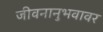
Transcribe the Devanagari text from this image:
जीवनानुभवावर